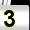
Digit: 3